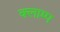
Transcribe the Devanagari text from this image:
क्लाम्प